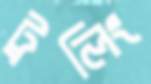
ট্রলিং